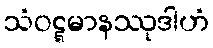
သံဝဋ္ဋမာနဿုဒါဟံ